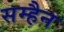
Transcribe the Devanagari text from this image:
सम्हैन